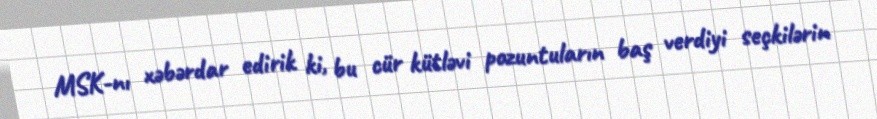
MSK-nı xəbərdar edirik ki, bu cür kütləvi pozuntuların baş verdiyi seçkilərin